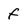
Character: f